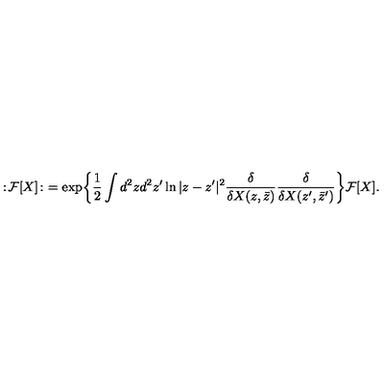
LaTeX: : \! { \cal F } [ X ] \! : \ = \exp \biggl \{ \frac { 1 } { 2 } \int d ^ { 2 } z d ^ { 2 } z ^ { \prime } \ln | z - z ^ { \prime } | ^ { 2 } \frac { \delta } { \delta X ( z , \bar { z } ) } \frac { \delta } { \delta X ( z ^ { \prime } , \bar { z } ^ { \prime } ) } \biggr \} { \cal F } [ X ] .